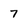
Character: 7